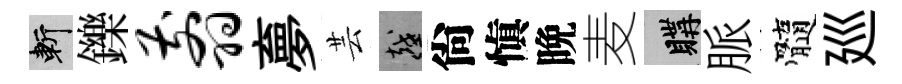
斬鑠翦夣芸越尙愼晩麦購脈髓廵